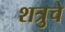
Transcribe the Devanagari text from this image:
शत्रुचे